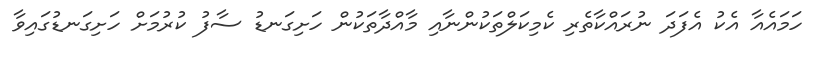
ހަމައެއާ އެކު އެފަދަ ނުރައްކާތެރި ކެމިކަލްތަކުންނާއި މާއްދާތަކުން ހަށިގަނޑު ސާފު ކުރުމަށް ހަށިގަނޑުގައިވާ